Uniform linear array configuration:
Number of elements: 4
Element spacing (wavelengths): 0.25
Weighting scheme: exponential
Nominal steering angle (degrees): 0
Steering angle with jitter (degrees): -1.269
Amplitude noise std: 0.05
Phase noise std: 0.05

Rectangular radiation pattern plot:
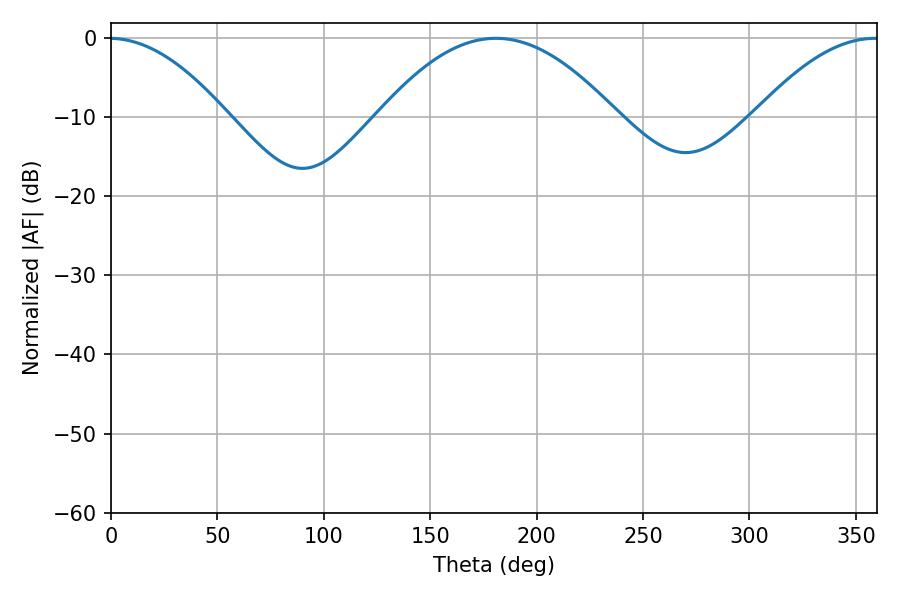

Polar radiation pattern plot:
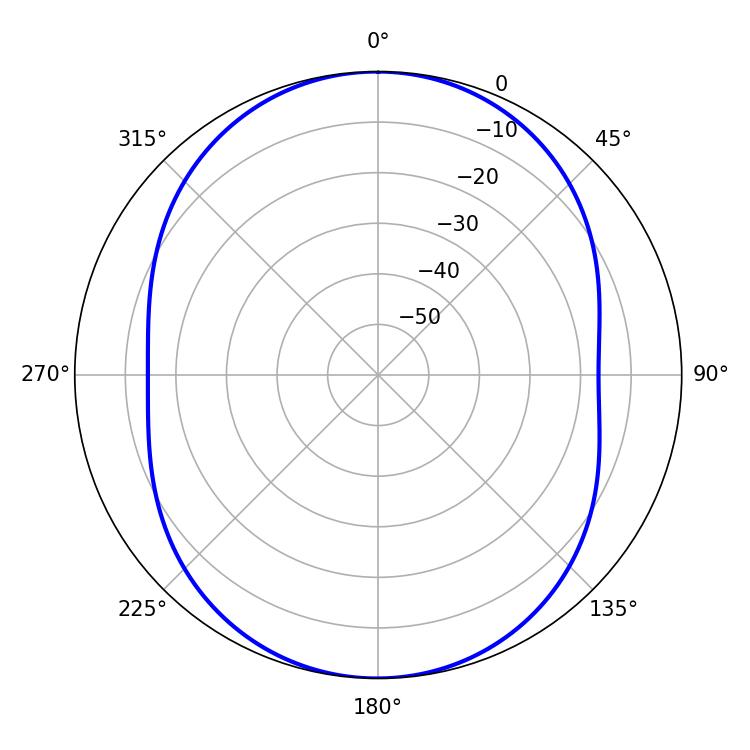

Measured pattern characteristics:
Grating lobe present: FALSE
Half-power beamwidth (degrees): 61.2
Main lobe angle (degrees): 180.9